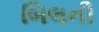
બિલની